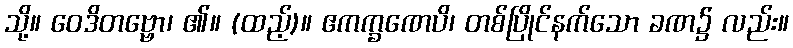
သို့။ ဝေဒိတဗ္ဗော၊ ၏။ (ထည့်)။ ဧကက္ခဏေပိ၊ တစ်ပြိုင်နက်သော ခဏ၌ လည်း။